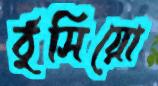
ঠুসিয়ো